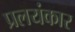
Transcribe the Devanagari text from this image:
प्रलयंकार